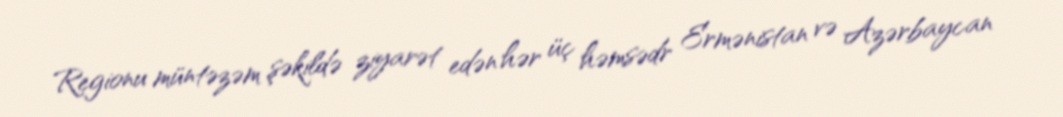
Regionu müntəzəm şəkildə ziyarət edən hər üç həmsədr Ermənistan və Azərbaycan